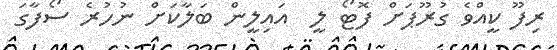
ރިފޫ ކީއްވެ ގުރޫޕަށް ފޮޓޯ ލީ  އައިލީން ބަލާކަށް ނުހުރެ ސޯފާގަ